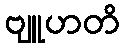
ဗျူဟတိ